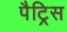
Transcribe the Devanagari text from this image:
पैट्रिस